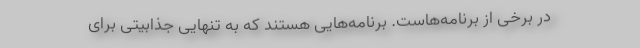
در برخی از برنامه‌هاست. برنامه‌هایی هستند که به تنهایی جذابیتی برای